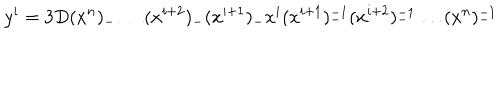
y ^ { i } = 3 D ( x ^ { n } ) _ { - } \ldots ( x ^ { i + 2 } ) _ { - } ( x ^ { i + 1 } ) _ { - } x ^ { i } ( x ^ { i + 1 } ) _ { - } ^ { - 1 } ( x ^ { i + 2 } ) _ { - } ^ { - 1 } \ldots ( x ^ { n } ) _ { - } ^ { - 1 }